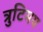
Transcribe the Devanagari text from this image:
त्रुटिमय